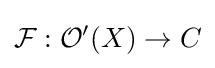
{\mathcal {F}}:{\mathcal {O}}'(X)\rightarrow C